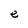
Character: e